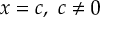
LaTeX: x = c , \ c \neq 0